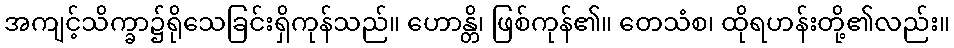
အကျင့်သိက္ခာ၌ရိုသေခြင်းရှိကုန်သည်။ ဟောန္တိ၊ ဖြစ်ကုန်၏။ တေသံစ၊ ထိုရဟန်းတို့၏လည်း။